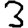
Digit: 3